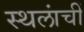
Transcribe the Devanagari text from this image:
स्थलांचीं